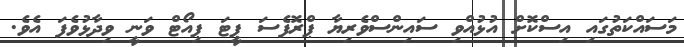
މަސައްކަތުގައި އިސްކޮށް އުޅުއްވި ސައިންސްވެރިޔާ ޕްރޮފެސަ ޕީޓަ ޕިއޯޓް ވަނީ ވިދާޅުވެފަ އެވެ.